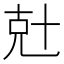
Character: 兙